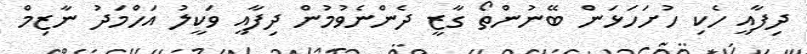
ދިފާއީ ހެކި ހުށަހަޅަން ބޭނުންތޯ ގާޒީ ދެންނެވުމުން ދިފާއީ ވަކީލު އަހްމަދު ނާޒިމް